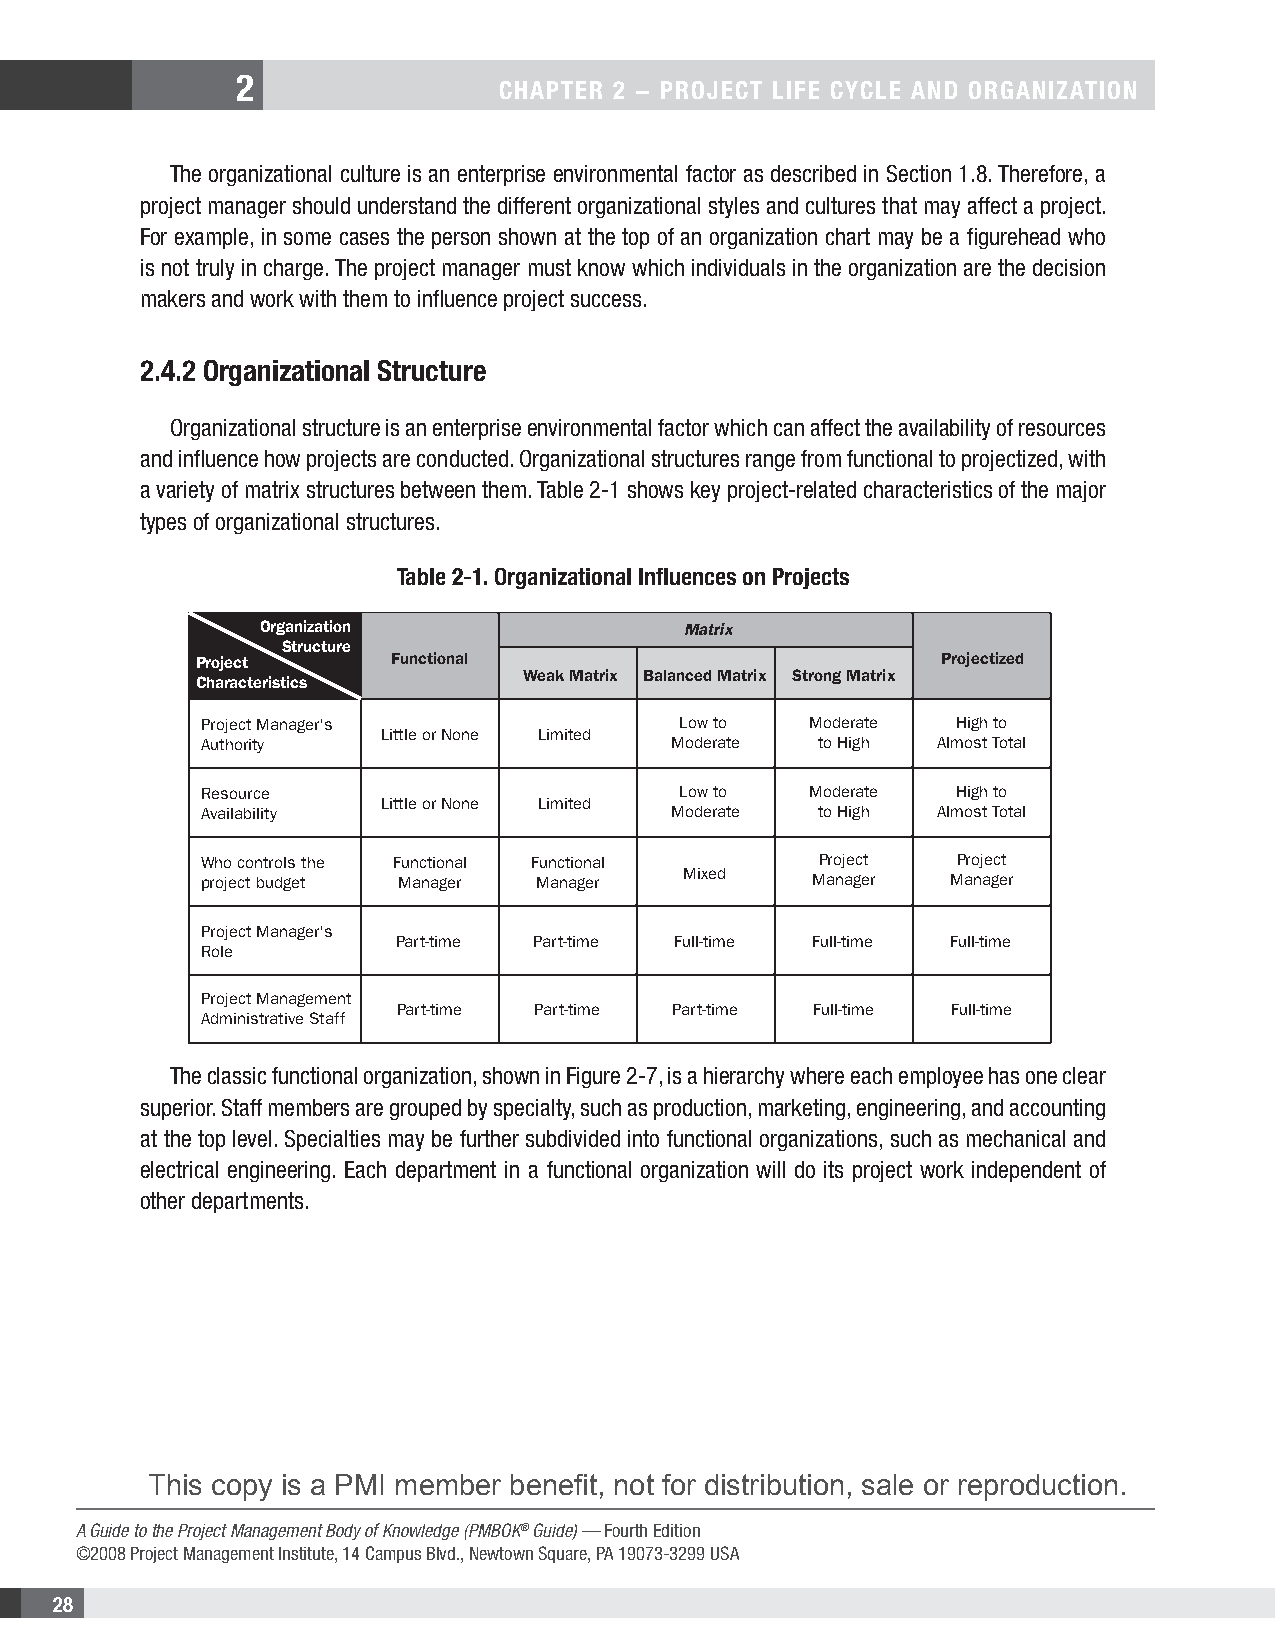
2
 CHAPTER 2 − PROJECT LIFE CYCLE AND ORGANIZATION
 The organizational culture is an enterprise environmental factor as described in Section 1.8. Therefore, a
 project manager should understand the different organizational styles and cultures that may affect a project.
 For example, in some cases the person shown at the top of an organization chart may be a figurehead who
 is not truly in charge. The project manager must know which individuals in the organization are the decision
 makers and work with them to influence project success.
 2.4.2 Organizational Structure
 Organizational structure is an enterprise environmental factor which can affect the availability of resources
 and influence how projects are conducted. Organizational structures range from functional to projectized, with
 a variety of matrix structures between them. Table 2-1 shows key project-related characteristics of the major
 types of organizational structures.
 Table 2-1. Organizational Influences on Projects
 Organization                Matrix
 Structure
 Project      Functional                          Projectized
 Weak Matrix Balanced Matrix Strong Matrix
 Characteristics
 Project Manager's               Low to   Moderate High to
 Little or None Limited
 Authority                       Moderate to High Almost Total
 Resource                        Low to   Moderate High to
 Little or None Limited
 Availability                    Moderate to High Almost Total
 Who controls the Functional Functional   Project   Project
 Mixed
 project budget Manager Manager           Manager  Manager
 Project Manager's
 Part-time Part-time Full-time Full-time Full-time
 Role
 Project Management
 Part-time Part-time Part-time Full-time Full-time
 Administrative Staff
 The classic functional organization, shown in Figure 2-7, is a hierarchy where each employee has one clear
 superior. Staff members are grouped by specialty, such as production, marketing, engineering, and accounting
 at the top level. Specialties may be further subdivided into functional organizations, such as mechanical and
 electrical engineering. Each department in a functional organization will do its project work independent of
 other departments.
 This copy is a PMI member benefit, not for distribution, sale or reproduction.
 A Guide to the Project Management Body of Knowledge (PMBOK® Guide) — Fourth Edition
 ©2008 Project Management Institute, 14 Campus Blvd., Newtown Square, PA 19073-3299 USA
 28